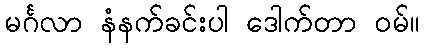
မင်္ဂလာ နံနက်ခင်းပါ ဒေါက်တာ ဝမ်။